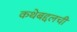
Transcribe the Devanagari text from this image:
कथेबद्दलची